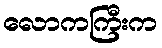
လောကကြီးက